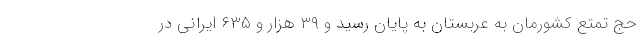
حج تمتع کشورمان به عربستان به پایان رسید و ۳۹ هزار و ۶۳۵ ایرانی در